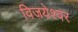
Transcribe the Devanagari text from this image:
विजयेश्वर